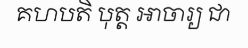
គហបតិ បុត្ត អាចារ្យ ជា